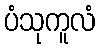
ပံသုကူလံ